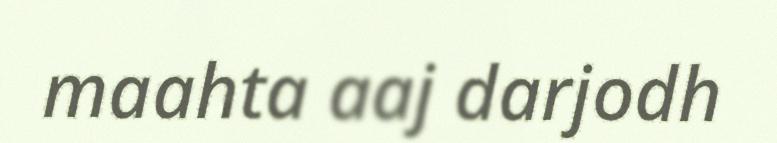
maahta aaj darjodh